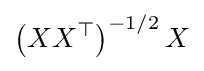
\left(XX^{\top }\right)^{-1/2}X